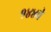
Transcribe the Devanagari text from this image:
१४४वे